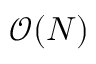
\mathcal { O } ( N )